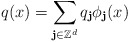
\begin{align*}q(x)=\sum_{\textbf{j}\in\mathbb{Z}^d}q_\textbf{j}\phi_\textbf{j}(x)\end{align*}